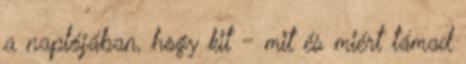
a naplójában, hogy kit - mit és miért támad